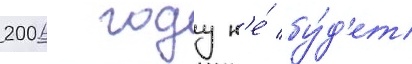
2006 году н'е́ бу́д'ет